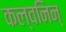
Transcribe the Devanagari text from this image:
कल्वनिन्